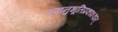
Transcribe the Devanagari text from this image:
स्वानुभूतिप्रकाशवान्